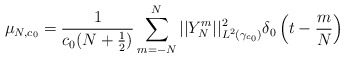
\begin{align*} \mu_{N,c_0} = \frac{1}{c_0(N + \frac{1}{2})}\sum_{m = -N}^N ||Y^m_N||^2_{L^2(\gamma_{c_0})} \delta_0\left(t - \frac{m}{N}\right) \end{align*}